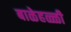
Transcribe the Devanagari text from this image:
बाळेहळ्ळी